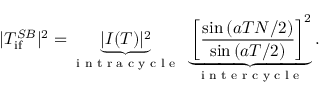
| T _ { \ensuremath { \mathrm { i f } } } ^ { S B } | ^ { 2 } = \underbrace { | I ( T ) | ^ { 2 } } _ { \textrm { i n t r a c y c l e } } ~ \underbrace { \left[ \frac { \sin { ( a T N / 2 ) } } { \sin { ( a T / 2 ) } } \right] ^ { 2 } } _ { \textrm { i n t e r c y c l e } } .